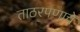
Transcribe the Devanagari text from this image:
ताठरपणाचे